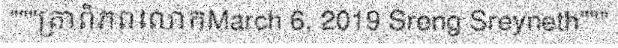
"""ត្រាពិភពលោកMarch 6, 2019 Sreng Sreyneth"""